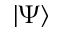
\vert \Psi \rangle